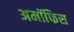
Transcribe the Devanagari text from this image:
अमॉफिस